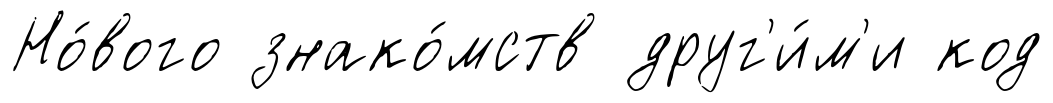
Но́вого знако́мств друг'и́м'и код